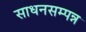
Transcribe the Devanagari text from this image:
साधनसम्पन्न